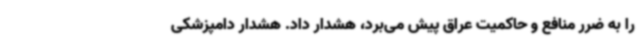
را به ضرر منافع و حاکمیت عراق پیش می‌برد، هشدار داد. هشدار دامپزشکی